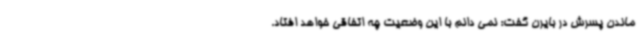
ماندن پسرش در بایرن گفت: نمی دانم با این وضعیت چه اتفاقی خواهد افتاد.